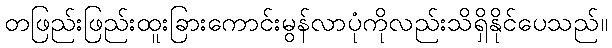
တဖြည်းဖြည်းထူးခြားကောင်းမွန်လာပုံကိုလည်းသိရှိနိုင်ပေသည်။